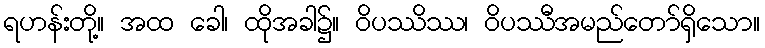
ရဟန်းတို့။ အထ ခေါ၊ ထိုအခါ၌။ ဝိပဿိဿ၊ ဝိပဿီအမည်တော်ရှိသော။